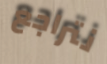
نتراجع